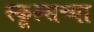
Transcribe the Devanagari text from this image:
स्कूल्सच्या